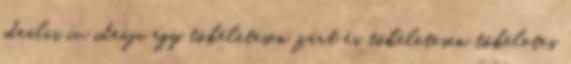
ideális ív ideája egy tökéletesen zárt és tökéletesen tökéletes